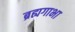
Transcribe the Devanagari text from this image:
ब्रह्यगाभा